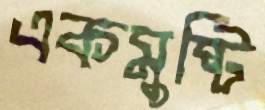
একমুষ্টি